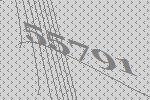
55791